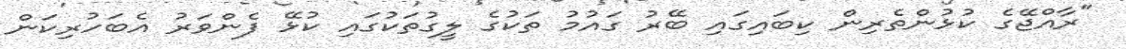
"ރާއްޖޭގެ ކުޅުންތެރިން ކިބައިގައި ބޭރު ގައުމު ތަކުގެ ލީގުތަކުގައި ކުޅޭ ފެންވަރު އެބަހުރިކަން